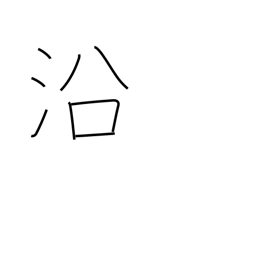
Meaning: lie along